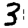
Digit: 3